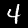
Label: 4